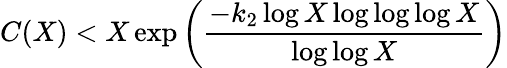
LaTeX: C(X)<X\exp\left({\frac{-k_{2}\log X\log\log\log X}{\log\log X}}\right)